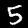
Digit: 5